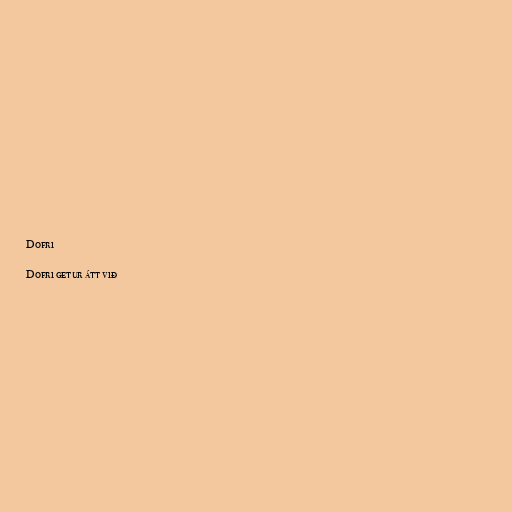
Dofri

Dofri getur átt við